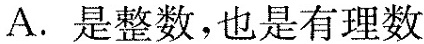
A. 是整数，也是有理数